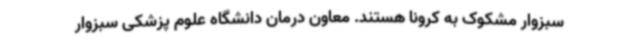
سبزوار مشکوک به کرونا هستند. معاون درمان دانشگاه علوم پزشکی سبزوار